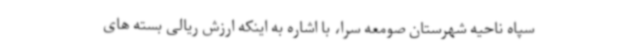
سپاه ناحیه شهرستان صومعه سرا، با اشاره به اینکه ارزش ریالی بسته های